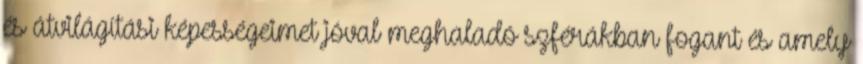
és átvilágítási képességeimet jóval meghaladó szférákban fogant és amely